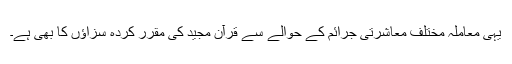
یہی معاملہ مختلف معاشرتی جرائم کے حوالے سے قرآن مجید کی مقرر کردہ سزاؤں کا بھی ہے۔